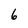
Character: 6